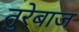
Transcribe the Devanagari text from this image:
तुरेबाज